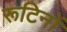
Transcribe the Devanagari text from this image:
रूटिनों